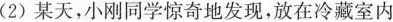
(2)某天，小刚同学惊奇地发现，放在冷藏室内